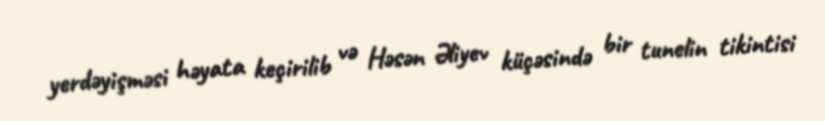
yerdəyişməsi həyata keçirilib və Həsən Əliyev küçəsində bir tunelin tikintisi